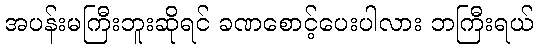
အပန်းမကြီးဘူးဆိုရင် ခဏစောင့်ပေးပါလား ဘကြီးရယ်